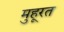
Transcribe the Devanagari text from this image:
मुहूरत